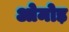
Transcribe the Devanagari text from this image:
ओमोड़